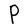
Character: P